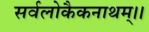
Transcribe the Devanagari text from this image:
सर्वलोकैकनाथम्।।